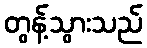
တွန့်သွားသည်